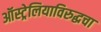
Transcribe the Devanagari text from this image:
ऑस्ट्रेलियाविरुद्धचा